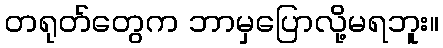
တရုတ်တွေက ဘာမှပြောလို့မရဘူး။